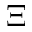
\Xi